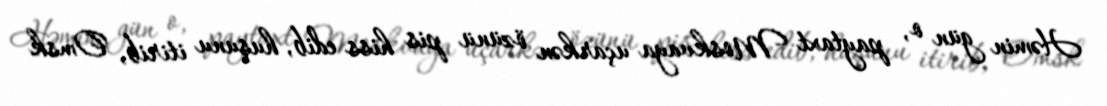
Həmin gün o, paytaxt Moskvaya uçarkən özünü pis hiss edib, huşunu itirib, Omsk